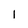
Character: 1